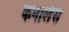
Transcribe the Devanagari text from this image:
कनालेस